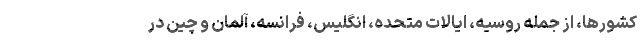
کشورها، از جمله روسیه، ایالات متحده، انگلیس، فرانسه، آلمان و چین در